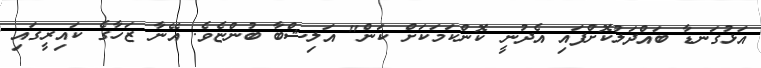
އަޅުގަނޑާ ބައްދަލުކޮށްފައި އެދުނީ ކޮންކަމަކަށް ކަން" އަލިޝްބާ ބުންޏެވެ. އޭނާ ޒަހާގެ ކައިރީގައި